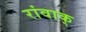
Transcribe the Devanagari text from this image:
रांवाक्